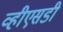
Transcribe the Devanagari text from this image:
व्हीएसडी